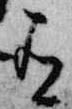
有